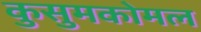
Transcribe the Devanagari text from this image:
कुसुमकोमल